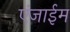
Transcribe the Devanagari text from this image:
एंजाईम